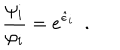
LaTeX: \frac { \psi _ { i } } { \varphi _ { i } } = e ^ { \hat { \epsilon } _ { i } } \ \ .